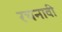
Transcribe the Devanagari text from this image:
रचनावी